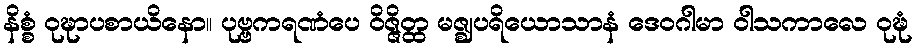
နိစ္စံ ဝုဍ္ဎာပစာယိနော။ ပုဗ္ဗကရဏံပေ ဝိဇ္ဇိတ္ထ မဇ္ဈပရိယောသာနံ ဒေဝဂါမာ ဝါသကာလေ ဝုဍ္ဎံ